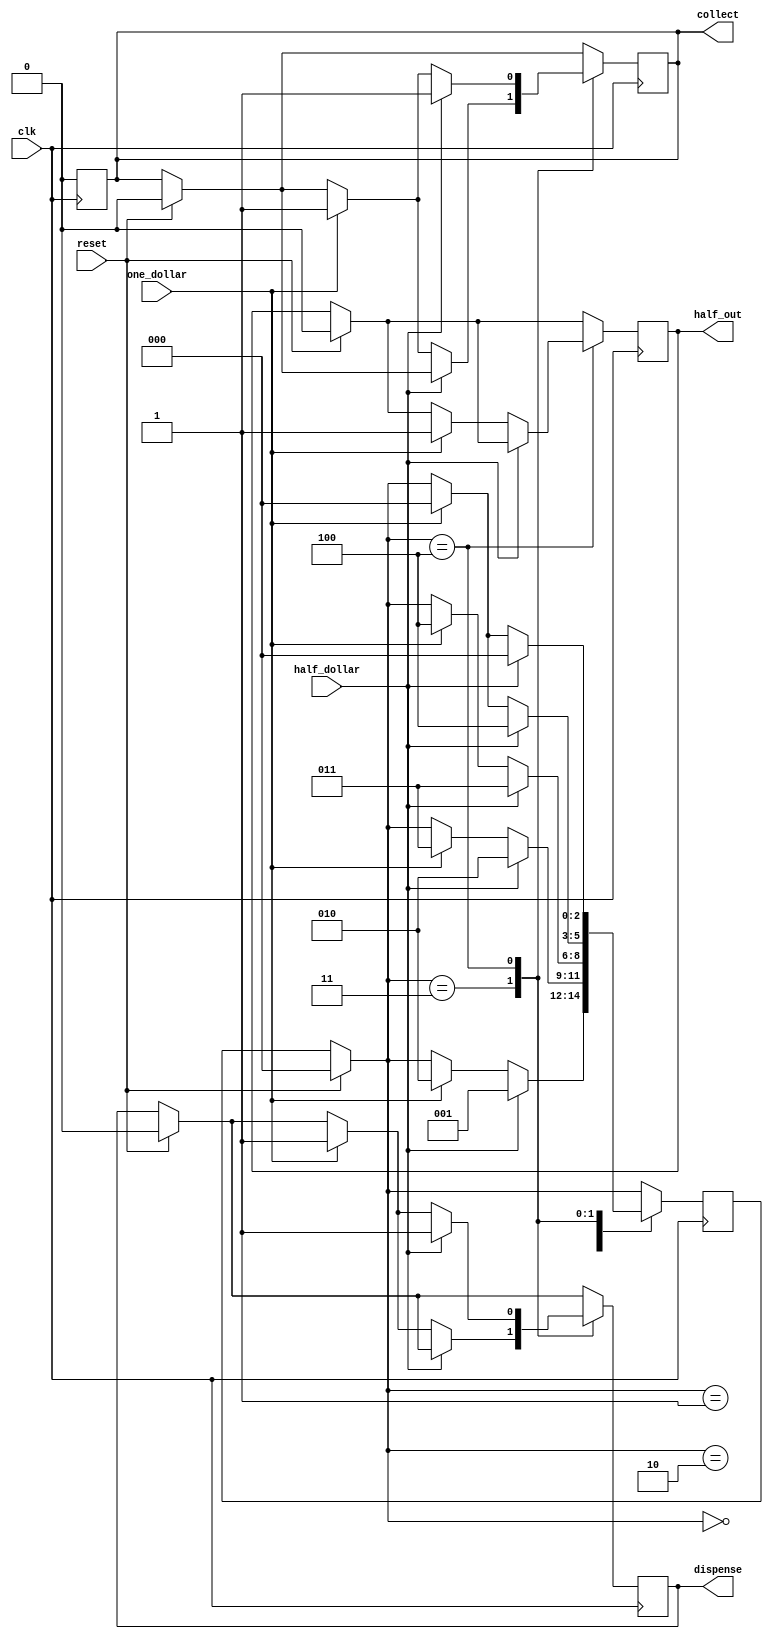
/*
The following drivers conflict:
line21
line 28
*/
module sell(one_dollar,half_dollar,
collect,half_out,dispense,reset,clk);
parameter idle=0,one=2,half=1,two=3,three=4;
//idle,one,half,two,three 
input one_dollar,half_dollar,reset,clk;
output collect,half_out,dispense;
reg collect,half_out,dispense,collect_t;
reg [0:4] test [2:0];
reg[2:0] D;
integer i, j;
always @(posedge clk)
begin 
collect =0;
for (i=0; i<5; i=i+1)
for (j=0; j<3; j=j+1)
test[i][j]= collect;
end
always @(posedge clk)
begin
collect_t = 1;
for (i=0; i<5; i=i+1)
for (j=0; j<2; j=j+1)
test[i][j] = collect;
end
always @(posedge clk)
begin
if(reset)
begin
dispense=0; collect=0;
half_out=0; D=idle;
end
case(D)
idle:
if(half_dollar) D=half;
else if(one_dollar)
D=one;
half:
if(half_dollar) D=one;
else if(one_dollar)
D=two;
one:
if(half_dollar) D=two;
else if(one_dollar)
D=three;
two:
if(half_dollar) D=three;
else if(one_dollar)
begin
dispense=1; //
collect=1; D=idle;
end
three:
if(half_dollar)
begin
dispense=1; //
collect=1; D=idle;
end
else if(one_dollar)
begin
dispense=1; //
collect=1;
half_out=1; D=idle;
end
endcase
end
endmodule